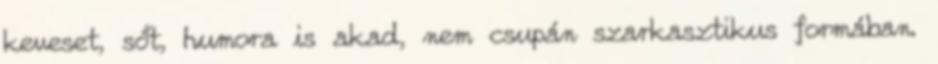
keveset, sőt, humora is akad, nem csupán szarkasztikus formában.